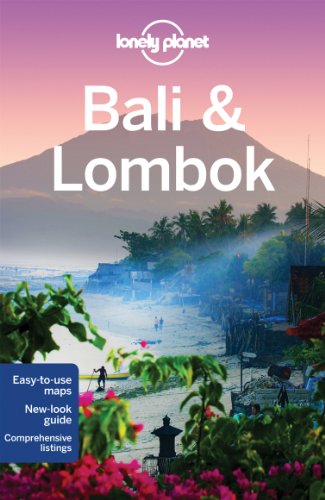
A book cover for Lonely Planet Bali & Lombok (Travel Guide); Ryan Ver Berkmoes; Travel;